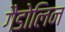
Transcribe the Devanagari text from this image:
गैडोलिन